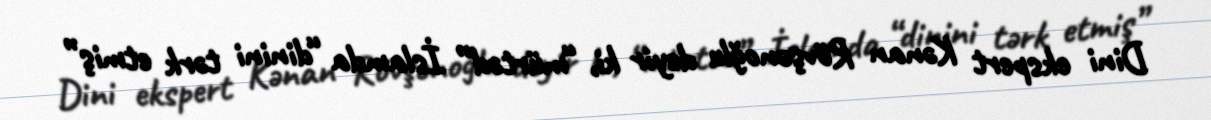
Dini ekspert Kənan Rövşənoğlu deyir ki, “mürtəd” İslamda “dinini tərk etmiş”